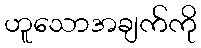
ဟူသောအချက်ကို